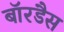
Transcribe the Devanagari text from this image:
बॉरडैस